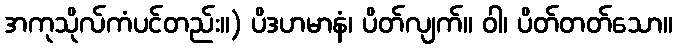
အကုသိုလ်ကံပင်တည်း။) ပိဒဟမာနံ၊ ပိတ်လျက်။ ဝါ၊ ပိတ်တတ်သော။